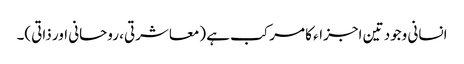
انسانی وجود تین اجزاء کا مرکب ہے (معاشرتی، روحانی اور ذاتی)۔